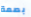
بصمة